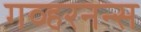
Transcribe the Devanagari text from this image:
गव्हरनन्स